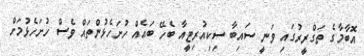
އޮބާމާގެ ތަގްރީރުގައި ވަނީ ސައިބާ ސިކިއުރިޓީއާ ބެހޭ ބައެއް ހުށަހެޅުންތައް ވެސް ހުށަހެޅުމަށް